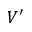
V ^ { \prime }